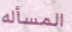
المسأله